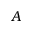
A